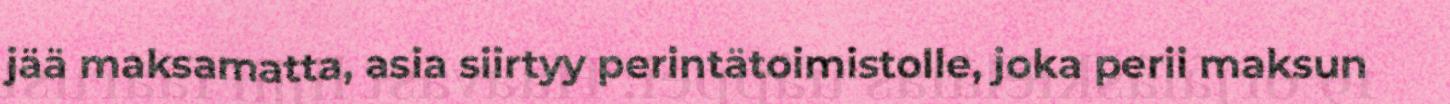
jää maksamatta, asia siirtyy perintätoimistolle, joka perii maksun